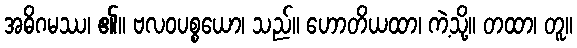
အဓိဂမဿ၊ ၏။ ဗလဝပစ္စယော၊ သည်။ ဟောတိယထာ၊ ကဲ့သို့။ တထာ၊ တူ။